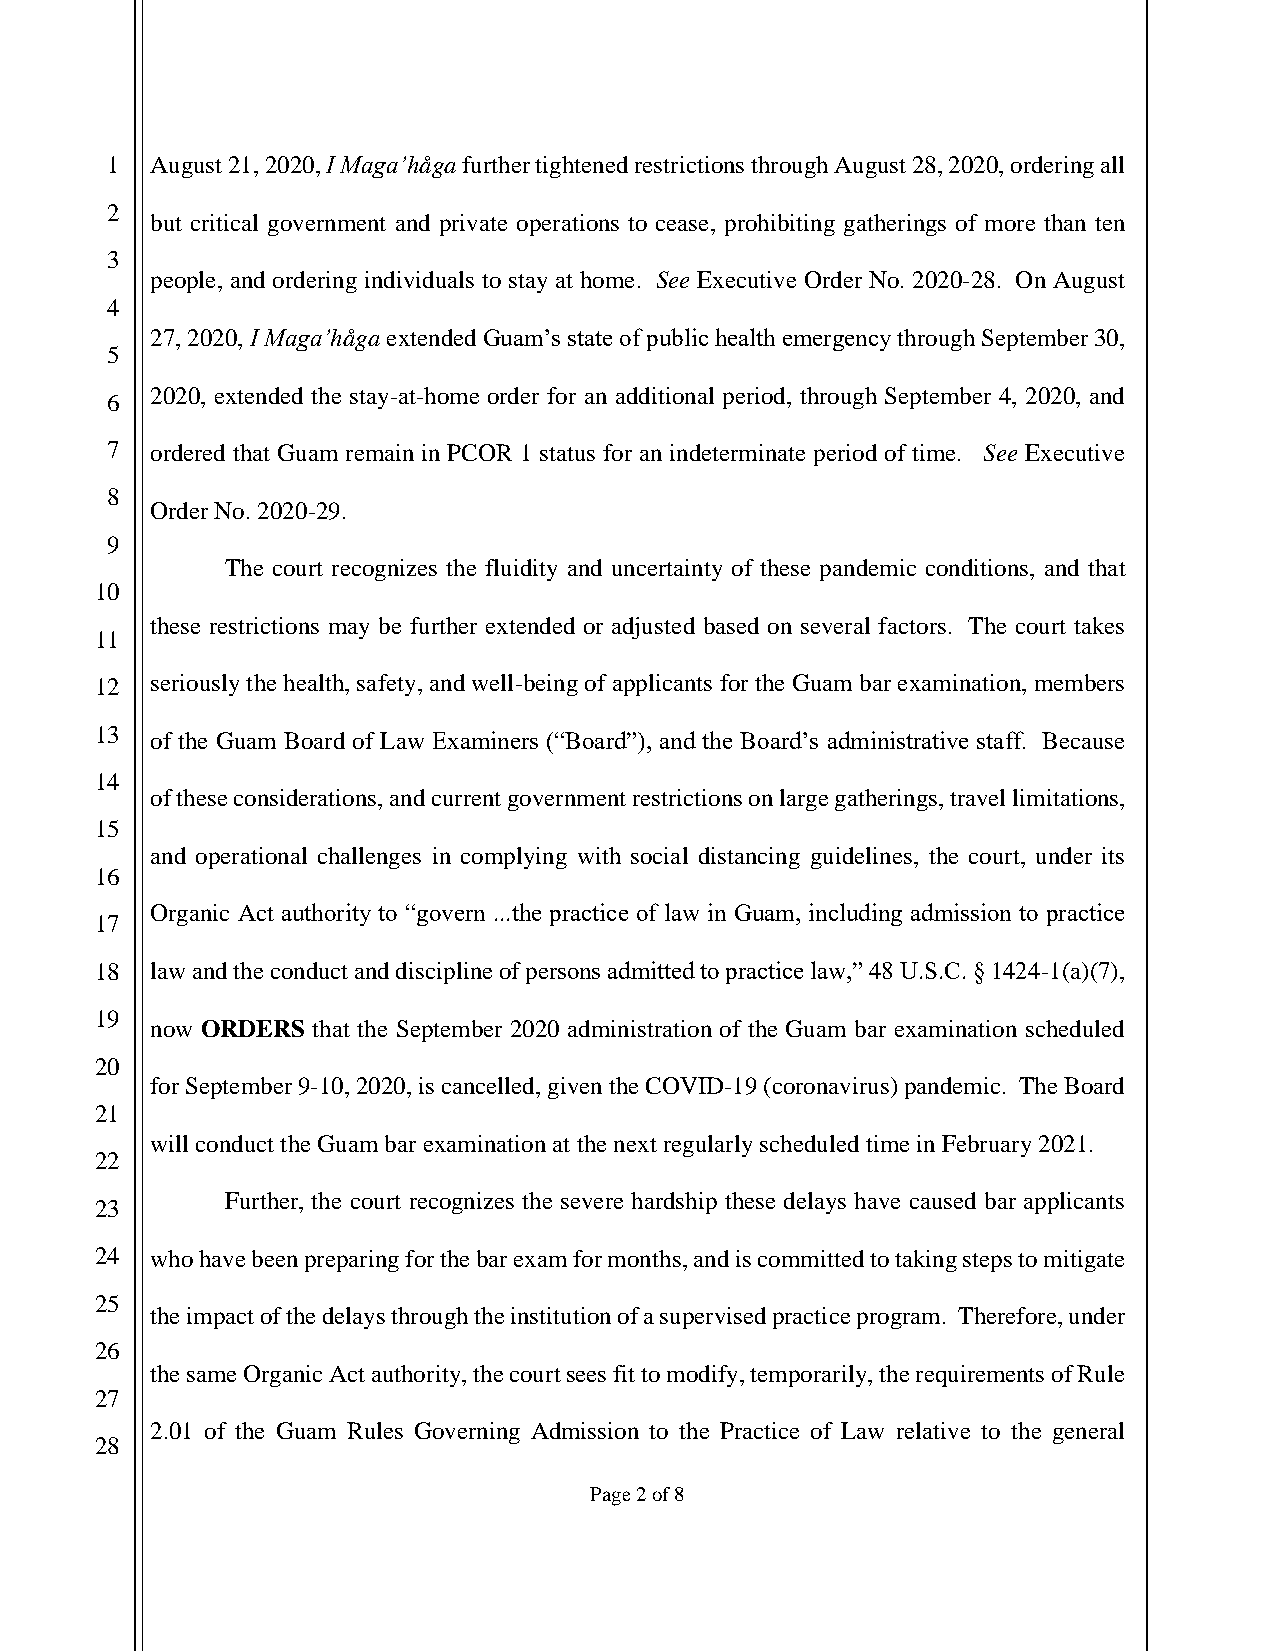
1  August 21, 2020, I Maga’håga further tightened restrictions through August 28, 2020, ordering all
 2
 but critical government and private operations to cease, prohibiting gatherings of more than ten
 3
 people, and ordering individuals to stay at home. See Executive Order No. 2020-28. On August
 4
 27, 2020, I Maga’håga extended Guam’s state of public health emergency through September 30,
 5
 2020, extended the stay-at-home order for an additional period, through September 4, 2020, and
 6
 7  ordered that Guam remain in PCOR 1 status for an indeterminate period of time. See Executive
 8
 Order No. 2020-29.
 9
 The court recognizes the fluidity and uncertainty of these pandemic conditions, and that
 10
 these restrictions may be further extended or adjusted based on several factors. The court takes
 11
 12  seriously the health, safety, and well-being of applicants for the Guam bar examination, members
 13  of the Guam Board of Law Examiners (“Board”), and the Board’s administrative staff. Because
 14
 of these considerations, and current government restrictions on large gatherings, travel limitations,
 15
 and operational challenges in complying with social distancing guidelines, the court, under its
 16
 Organic Act authority to “govern ...the practice of law in Guam, including admission to practice
 17
 18  law and the conduct and discipline of persons admitted to practice law,” 48 U.S.C. § 1424-1(a)(7),
 19
 now ORDERS that the September 2020 administration of the Guam bar examination scheduled
 20
 for September 9-10, 2020, is cancelled, given the COVID-19 (coronavirus) pandemic. The Board
 21
 will conduct the Guam bar examination at the next regularly scheduled time in February 2021.
 22
 Further, the court recognizes the severe hardship these delays have caused bar applicants
 23
 24  who have been preparing for the bar exam for months, and is committed to taking steps to mitigate
 25
 the impact of the delays through the institution of a supervised practice program. Therefore, under
 26
 the same Organic Act authority, the court sees fit to modify, temporarily, the requirements of Rule
 27
 2.01 of the Guam Rules Governing Admission to the Practice of Law relative to the general
 28
 Page 2 of 8